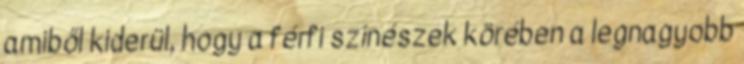
amiből kiderül, hogy a férfi színészek körében a legnagyobb